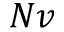
N v